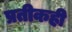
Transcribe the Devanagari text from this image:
प्रतीकही